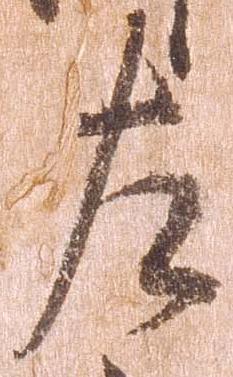
左